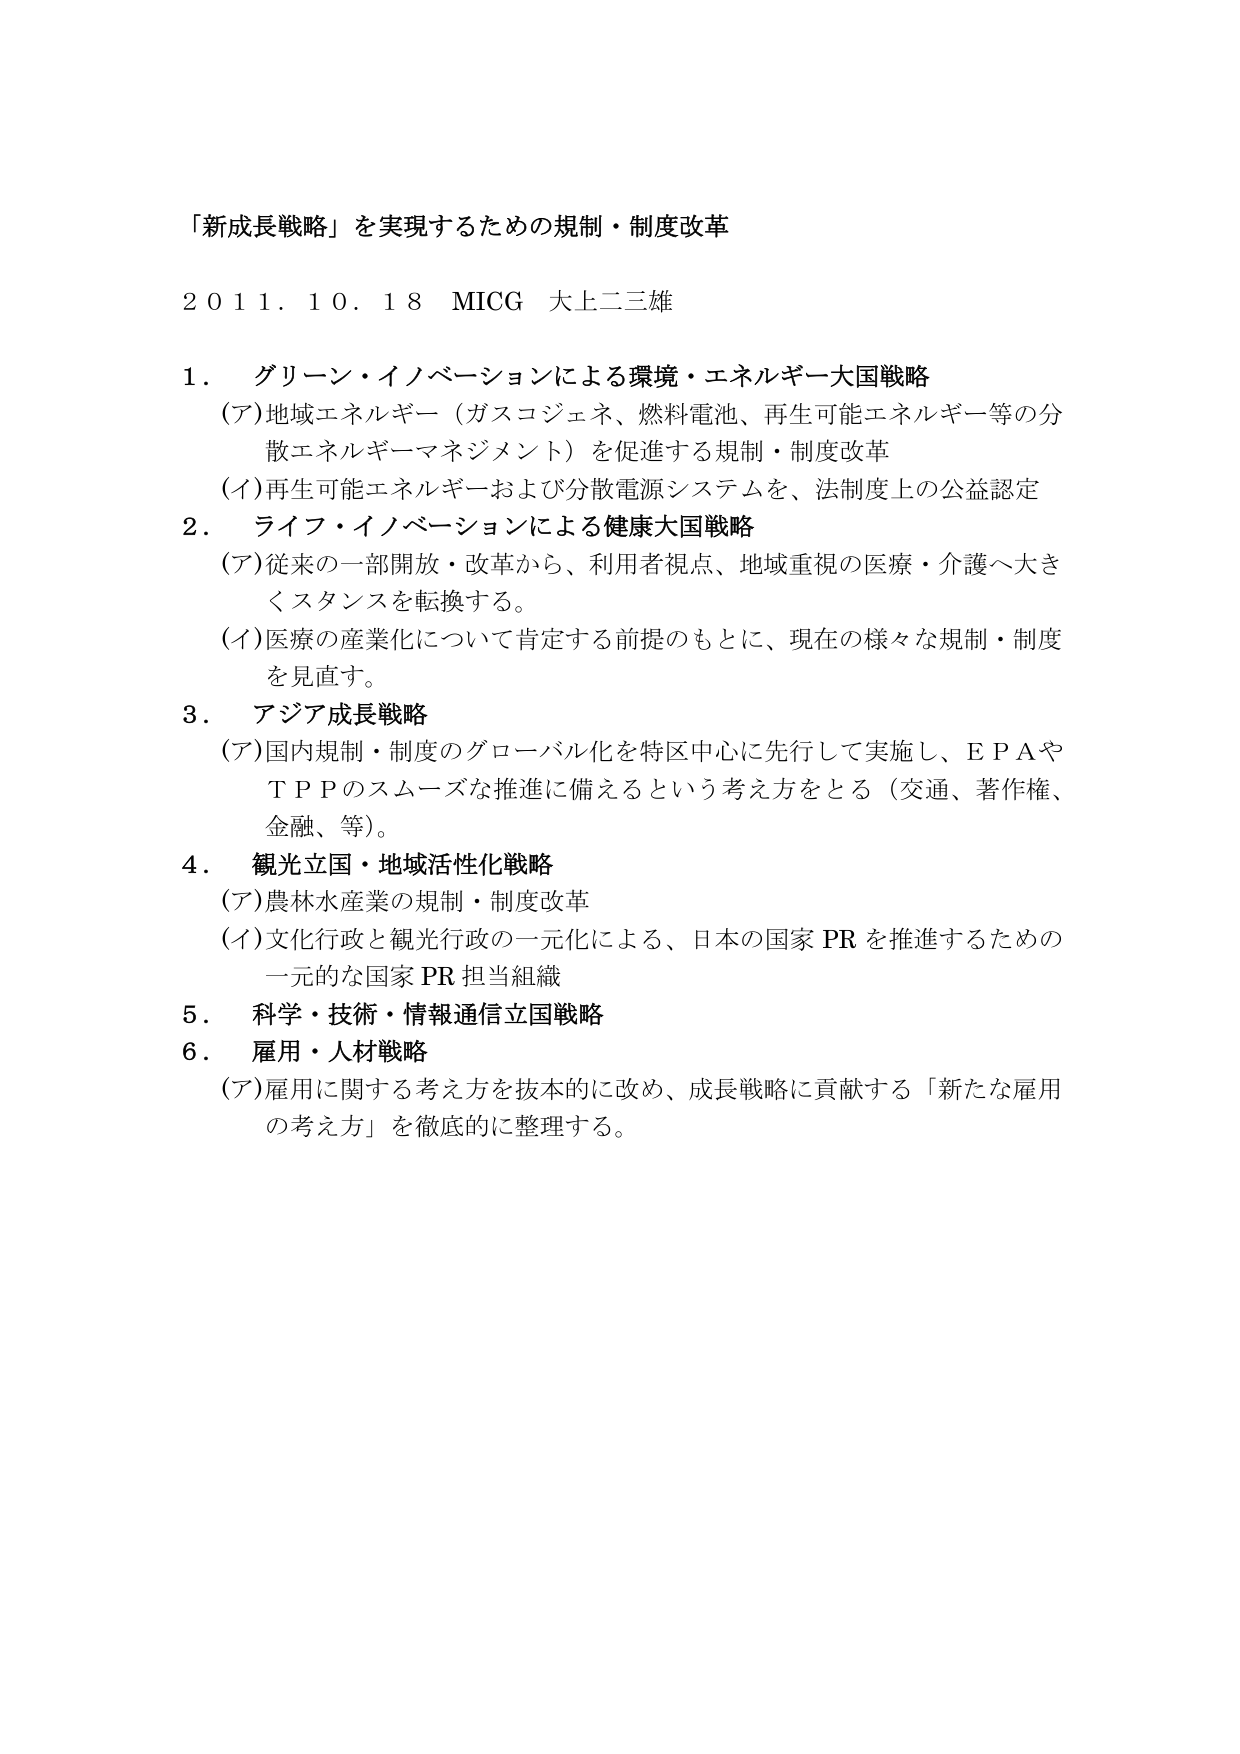
「新成長戦略」を実現するための規制・制度改革

２０１１．１０．１８　MICG　大上二三雄

１．　グリーン・イノベーションによる環境・エネルギー大国戦略
　（ア）地域エネルギー（ガスコジェネ、燃料電池、再生可能エネルギー等の分散エネルギーマネジメント）を促進する規制・制度改革
　（イ）再生可能エネルギーおよび分散電源システムを、法制度上の公益認定

２．　ライフ・イノベーションによる健康大国戦略
　（ア）従来の一部開放・改革から、利用者視点、地域重視の医療・介護へ大きくスタンスを転換する。
　（イ）医療の産業化について肯定する前提のもとに、現在の様々な規制・制度を見直す。

３．　アジア成長戦略
　（ア）国内規制・制度のグローバル化を特区中心に先行して実施し、ＥＰＡやＴＰＰのスムーズな推進に備えるという考え方をとる（交通、著作権、金融、等）。

４．　観光立国・地域活性化戦略
　（ア）農林水産業の規制・制度改革
　（イ）文化行政と観光行政の一元化による、日本の国家ＰＲを推進するための一元的な国家ＰＲ担当組織

５．　科学・技術・情報通信立国戦略

６．　雇用・人材戦略
　（ア）雇用に関する考え方を抜本的に改め、成長戦略に貢献する「新たな雇用の考え方」を徹底的に整理する。